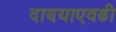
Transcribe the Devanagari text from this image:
दाण्याएवढी